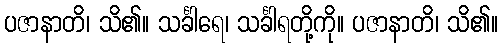
ပဇာနာတိ၊ သိ၏။ သင်္ခါရေ၊ သင်္ခါရတို့ကို။ ပဇာနာတိ၊ သိ၏။